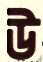
উ